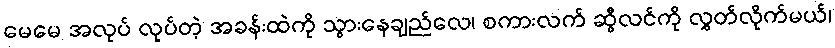
မေမေ အလုပ် လုပ်တဲ့ အခန်းထဲကို သွားနေချည်လေ၊ စကားလက် ဆွီလင်ကို လွှတ်လိုက်မယ်၊